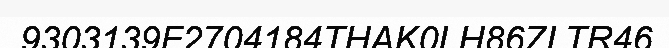
9303139F2704184THAK0LH86ZLTR46